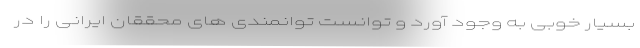
بسیار خوبی به وجود آورد و توانست توانمندی های محققان ایرانی را در